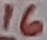
Text: 16